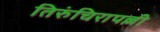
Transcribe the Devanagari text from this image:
तिरुंचिरापल्ली